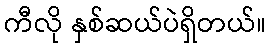
ကီလို နှစ်ဆယ်ပဲရှိတယ်။